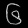
Digit: ၆